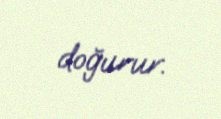
doğurur.